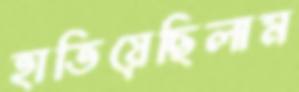
হাতিয়েছিলাম